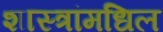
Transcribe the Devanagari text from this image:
शास्त्रांमधिल